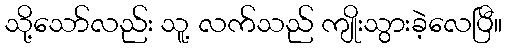
သို့သော်လည်း သူ့ လက်သည် ကျိုးသွားခဲ့လေပြီ။